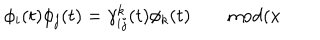
\phi _ { i } ( t ) \phi _ { j } ( t ) = \gamma _ { i j } ^ { k } ( t ) \phi _ { k } ( t ) \qquad \mathrm { m o d } ( x